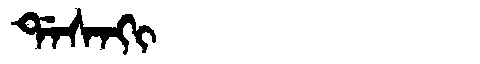
Manchu: ᡩᠠᠰᠠᡴᡳ
Romanization: DASAKI